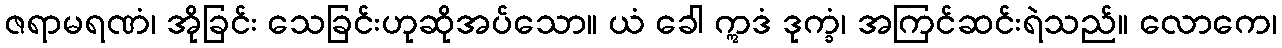
ဇရာမရဏံ၊ အိုခြင်း သေခြင်းဟုဆိုအပ်သော။ ယံ ခေါ ဣဒံ ဒုက္ခံ၊ အကြင်ဆင်းရဲသည်။ လောကေ၊